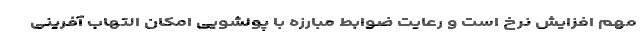
مهم افزایش نرخ است و رعایت ضوابط مبارزه با پولشویی امکان التهاب آفرینی